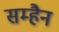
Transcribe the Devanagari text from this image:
सम्हैन